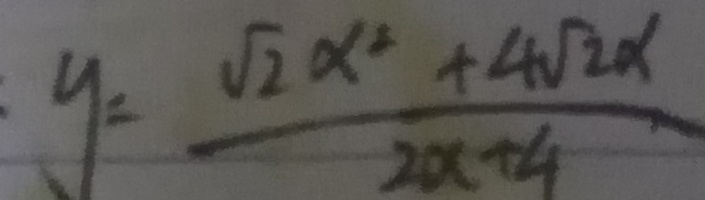
y = \frac { \sqrt { 2 } \alpha ^ { 2 } + 4 \sqrt { 2 } \alpha } { 2 \alpha + 4 }